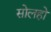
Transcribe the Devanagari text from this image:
सोलहो